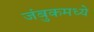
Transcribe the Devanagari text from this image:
जंबुकमध्ये